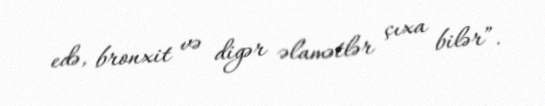
edə, bronxit və digər əlamətlər çıxa bilər”.